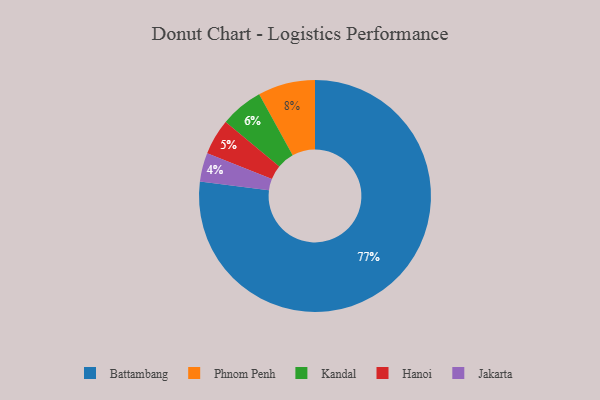
{"axis": {"x": "Category", "y": "Percentage"}, "legend": ["Battambang", "Hanoi", "Jakarta", "Kandal", "Phnom Penh"], "data": [{"x": "Kandal", "y": 6, "type": "Kandal"}, {"x": "Hanoi", "y": 5, "type": "Hanoi"}, {"x": "Battambang", "y": 77, "type": "Battambang"}, {"x": "Jakarta", "y": 4, "type": "Jakarta"}, {"x": "Phnom Penh", "y": 8, "type": "Phnom Penh"}]}